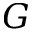
G